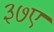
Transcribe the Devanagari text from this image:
३७ए